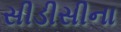
સીડીસીના